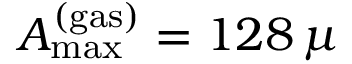
A _ { \mathrm { m a x } } ^ { \mathrm { ( g a s ) } } = 1 2 8 \, \mu